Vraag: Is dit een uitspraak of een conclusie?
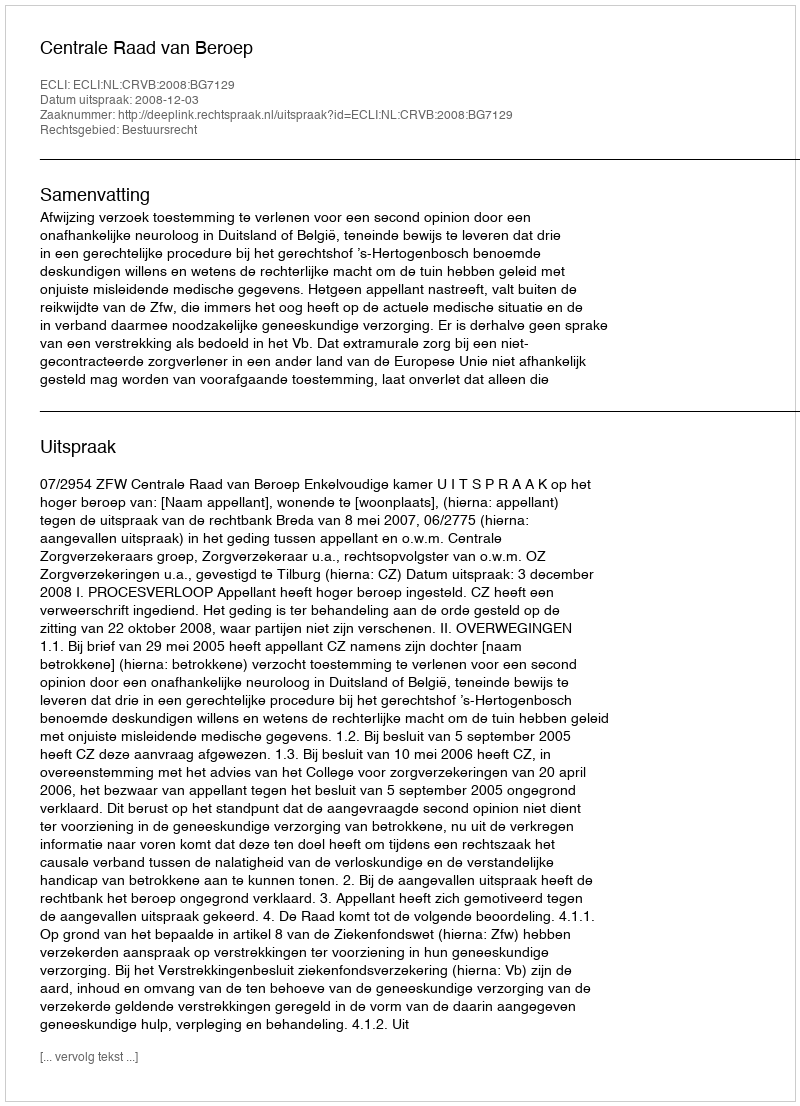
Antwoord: Uitspraak